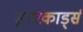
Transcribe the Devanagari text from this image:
सुपरकार्ड्स